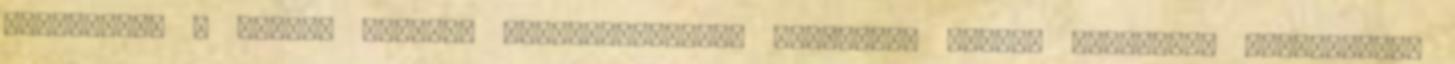
dizájnnal. A Madách Színház Facebook-oldala egyébként isszép dizájnnal rendelkezik